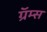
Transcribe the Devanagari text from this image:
ग्रॅम्स